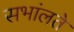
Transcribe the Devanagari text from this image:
सभांलते